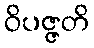
ဝိပဇ္ဇတိ